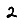
Digit: 2